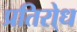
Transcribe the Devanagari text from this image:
प्रतिरो्ध